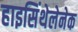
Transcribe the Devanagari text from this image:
हाइसिंथेलेनेक